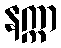
နက္ကာ